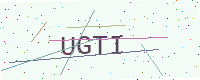
Text: UGTI